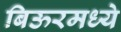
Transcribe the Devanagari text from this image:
बिऊरमध्ये